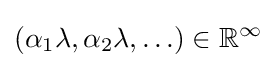
(\alpha _{1}\lambda ,\alpha _{2}\lambda ,\ldots )\in \mathbb {R} ^{\infty }